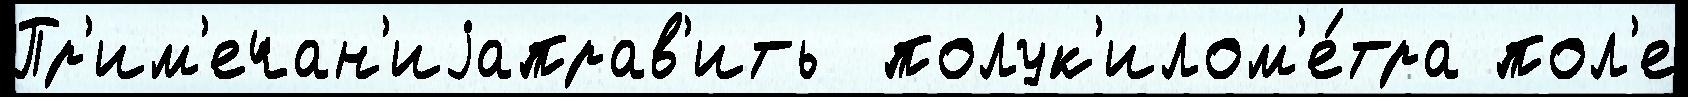
Пр'им'ечан'иjаправ'ить  полук'илом'е́тра пол'е